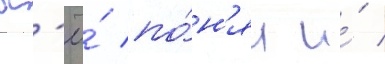
вс'ё́ по́н'ял и́ /